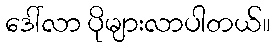
ဒေါ်လာ ပိုများလာပါတယ်။